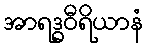
အာရဒ္ဓဝီရိယာနံ